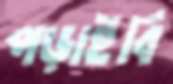
পড়াইবি